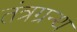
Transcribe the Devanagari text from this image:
तंत्रग्रन्थ